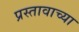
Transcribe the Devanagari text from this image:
प्रस्तावाच्या